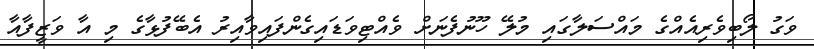
ވަގު ލޯބިވެރިއެއްގެ މައްސަލާގައި މުލޭ ހޫނުފެނަށް ވެއްޓިވަޑައިގެންފައިވާއިރު އެބޭފުޅާގެ މި އާ ވަޒީފާއާ